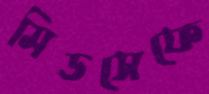
মিডসেফে